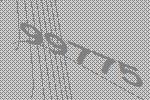
99775